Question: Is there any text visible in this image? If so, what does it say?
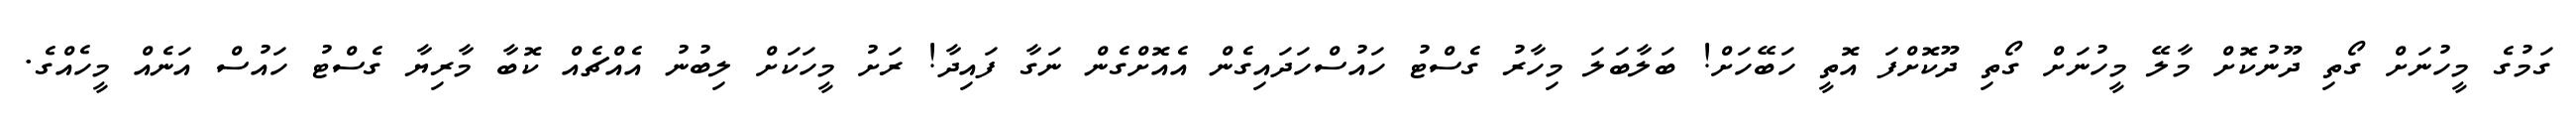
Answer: ގަމުގެ މީހުނަށް ގޯތި ދޫނުކޮށް މާލޭ މީހުނަށް ގޯތި ދޫކޮށްފަ އޮތީ ހަބޭހަށް! ބަލާބަލަ މިހާރު ގެސްޓު ހައުސްހަދައިގެން އެއޮށްގެން ނަގާ ފައިދާ! ރަށު މީހަކަށް ލިބުނު އެއްޗެއް ކޮބާ މާރިޔާ ގެސްޓު ހައުސް އަނެއް މީހެއްގެ.